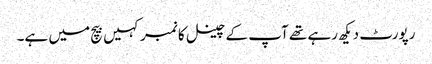
رپورٹ دیکھ رہے تھے آپ کے چینل کا نمبر کہیں بیچ میں ہے۔